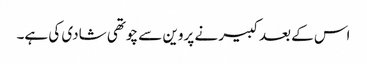
اس کے بعد کبیر نے پروین سے چوتھی شادی کی ہے۔